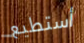
أستطيع